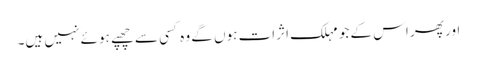
اور پھر اس کے جو مہلک اثرات ہوں گے وہ کسی سے چھپے ہوئے نہیں ہیں۔